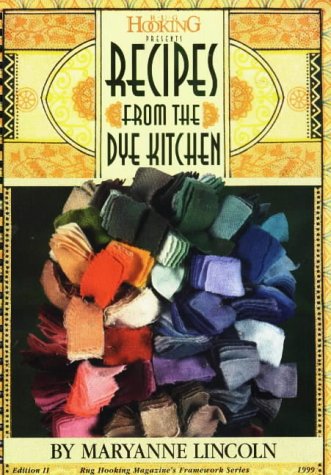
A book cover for Recipes from the Dye Kitchen (Framework); Maryanne Lincoln; Crafts, Hobbies & Home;